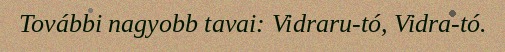
További nagyobb tavai: Vidraru-tó, Vidra-tó.